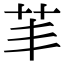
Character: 䒠